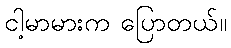
ငါ့မာမားက ပြောတယ်။